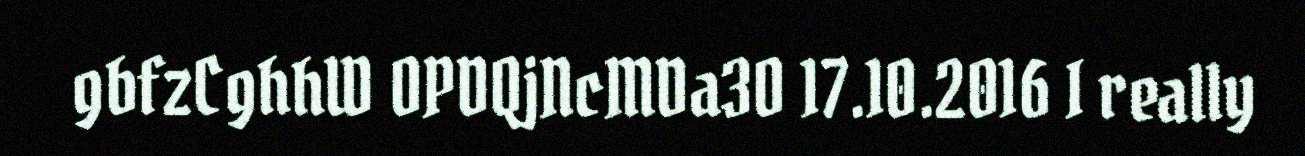
gbfzCghhW OPDQjNcMDa3O 17.10.2016 I really